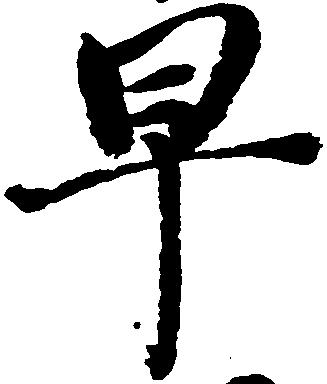
早